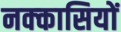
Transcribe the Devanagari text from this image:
नक्‍कासियों